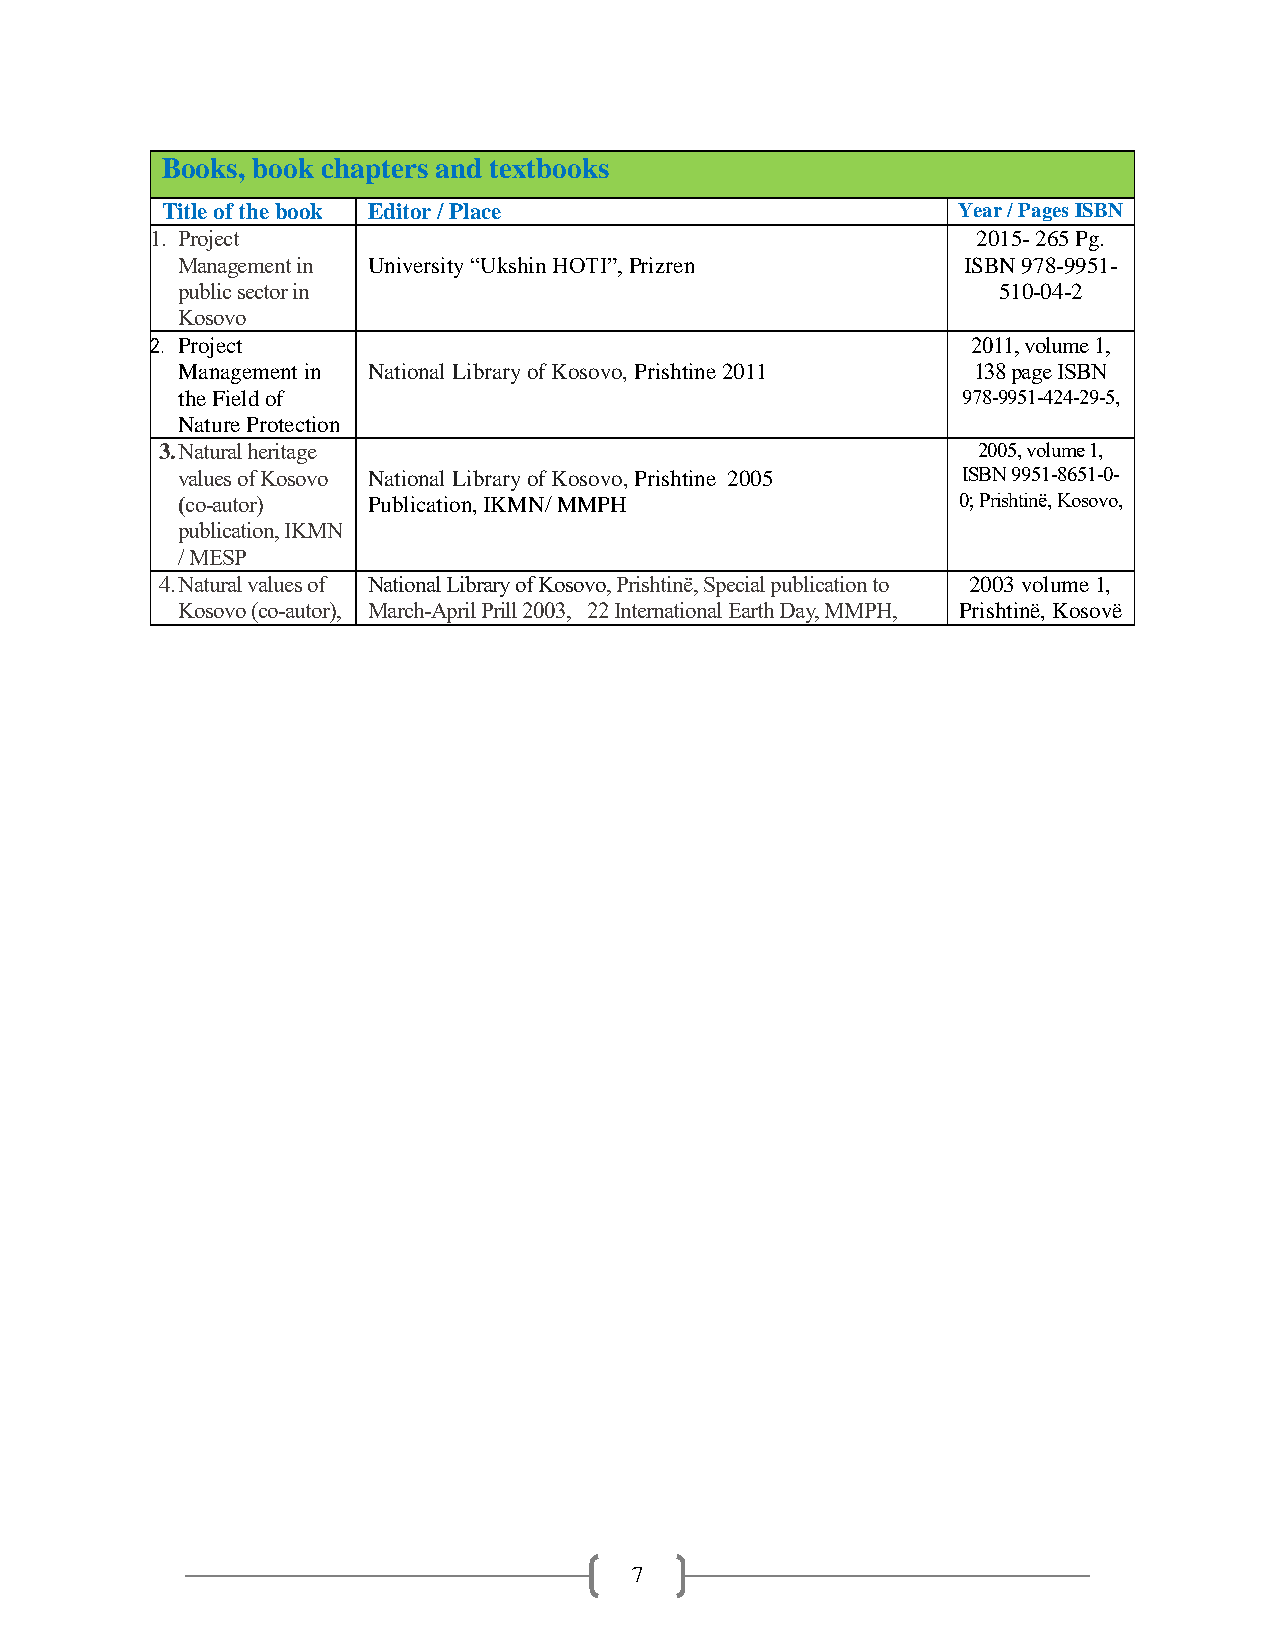
Books, book chapters and textbooks
 Title of the book Editor / Place                    Year / Pages ISBN
 1. Project                                             2015- 265 Pg.
 Management in University “Ukshin HOTI”, Prizren     ISBN 978-9951-
 public sector in                                      510-04-2
 Kosovo
 2. Project                                            2011, volume 1,
 Management in National Library of Kosovo, Prishtine 2011 138 page ISBN
 the Field of                                        978-9951-424-29-5,
 Nature Protection
 3. Natural heritage                                   2005, volume 1,
 values of Kosovo National Library of Kosovo, Prishtine 2005 ISBN 9951-8651-0-
 (co-autor)  Publication, IKMN/ MMPH                0; Prishtinë, Kosovo,
 publication, IKMN
 / MESP
 4. Natural values of National Library of Kosovo, Prishtinë, Special publication to 2003 volume 1,
 Kosovo (co-autor), March-April Prill 2003, 22 International Earth Day, MMPH, Prishtinë, Kosovë
 7